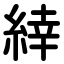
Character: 緈